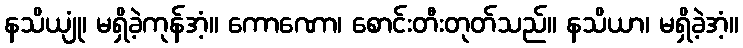
နသိယျုံ၊ မရှိခဲ့ကုန်အံ့။ ကောဏော၊ စောင်းတီးတုတ်သည်။ နသိယာ၊ မရှိခဲ့အံ့။